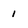
Character: 1